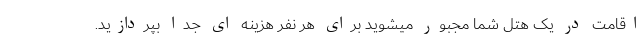
اقامت در یک هتل شما مجبور میشوید برای هر نفر هزینه ای جدا بپردازید.